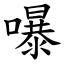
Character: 嚗